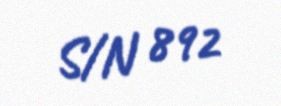
S/N 892